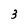
Character: 3